Annual report on the working of the lock hospitals in the Central Provinces
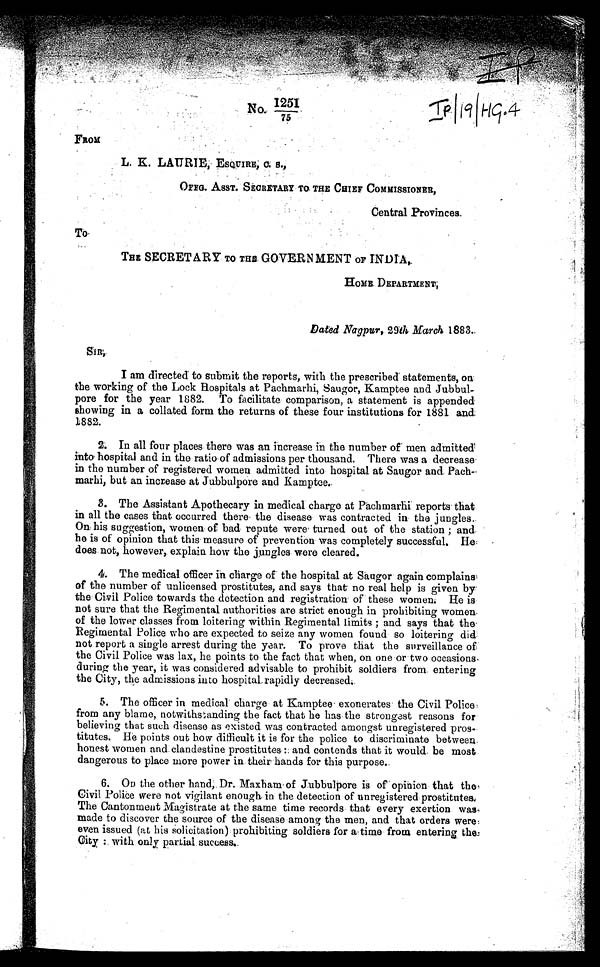
No.
1 2 5 1 / 7 5
FROM
L. K. LAURIE, ESQUIRE, C. S.,
OFFG. ASST. SECRETARY TO THE CHIEF COMMISSIONER,
Central Provinces.
To
THE SECRETARY TO THE GOVERNMENT OF INDIA,
HOME DEPARTMENT,
Dated Nagpur, 29th March 1883.
SiR,
I am directed to submit the reports, with the prescribed statements, on,
the working of the Lock Hospitals at Pachmarhi, Saugor, Kamptee and Jubbul
pore for the year 1882. To facilitate comparison, a statement is appended.
showing in a collated form the returns of these four institutions for 1881 and:
1882.
2. In all four places. there was an increase in the number of men admitted
into hospital and in the ratio of admissions per thousand. There was a decrease
in the number of registered women admitted into hospital at Saugor and Pach
marhi, but an increase at Jubbulpore and Kamptee.
3. The Assistant Apothecary in medical charge at Pachmarhi reports that
in all the cases that occurred there the disease was contracted in the jungles.
On his suggestion, women of bad repute were turned out of the station ; and.
he is of opinion that this measure of prevention was completely successful. He
does not, however, explain how the jungles were cleared.
4.
The medical officer in charge of the hospital at Saugor again complains,
of the number of unlicensed prostitutes, and says that no real help is given by
the Civil Police towards the detection and registration of these women. He is
not sure that the Regimental authorities are strict enough in prohibiting women
of the lower classes from loitering within Regimental limits ; and says that the.
Regimental Police who are expected to seize any women found so loitering did
not report a single arrest during the year. To prove that the surveillance of
the Civil Police was lax, he points to the fact that when, on one or two occasions
during the year, it was considered advisable to prohibit soldiers from entering
the City, the admissions into hospital rapidly decreased.
5.
The officer in medical charge at Kamptee exonerates the Civil Police,
from any blame, notwithstanding the fact that he has the strongest reasons for
believing that such disease as existed was contracted amongst unregistered pros
titutes. He points out how difficult it is for the police to discriminate between
honest women and clandestine prostitutes: and contends that it would be most
dangerous to place more power in their hands for this purpose.
6.
On the other hand, Dr. Maxham of Jubbulpore is of opinion that the
Civil Police were not vigilant enough in the detection of unregistered prostitutes
The Cantonment Magistrate at the same time records that every exertion was
made to discover the source of the disease among the men, and that orders were
even issued (at his Solicitation) prohibiting soldiers for a time from entering the
City : with only partial success.